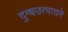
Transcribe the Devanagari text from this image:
दुग्धउत्पादने